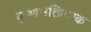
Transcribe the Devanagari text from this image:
कृष्णभक्तिपरक